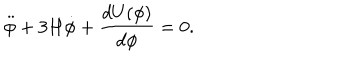
LaTeX: \ddot { \phi } + 3 H \dot { \phi } + \frac { d U ( \phi ) } { d \phi } = 0 .